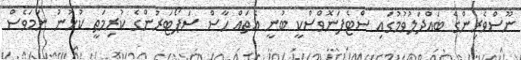
ނޫސްވެރިންގެ ބައްދަލުވުމުގައި ސްޓެފަނޮވްސްކީ ބުނީ އެތައް ހާސް ސަޕޯޓަރުންގެ ކުރިމަތީ ކުޅުނު ނަމަވެސް